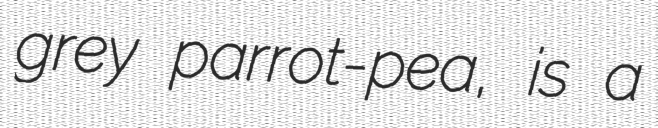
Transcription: grey parrot-pea, is a